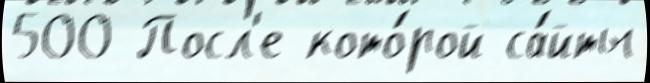
500 Посл'е кото́рой са́йты